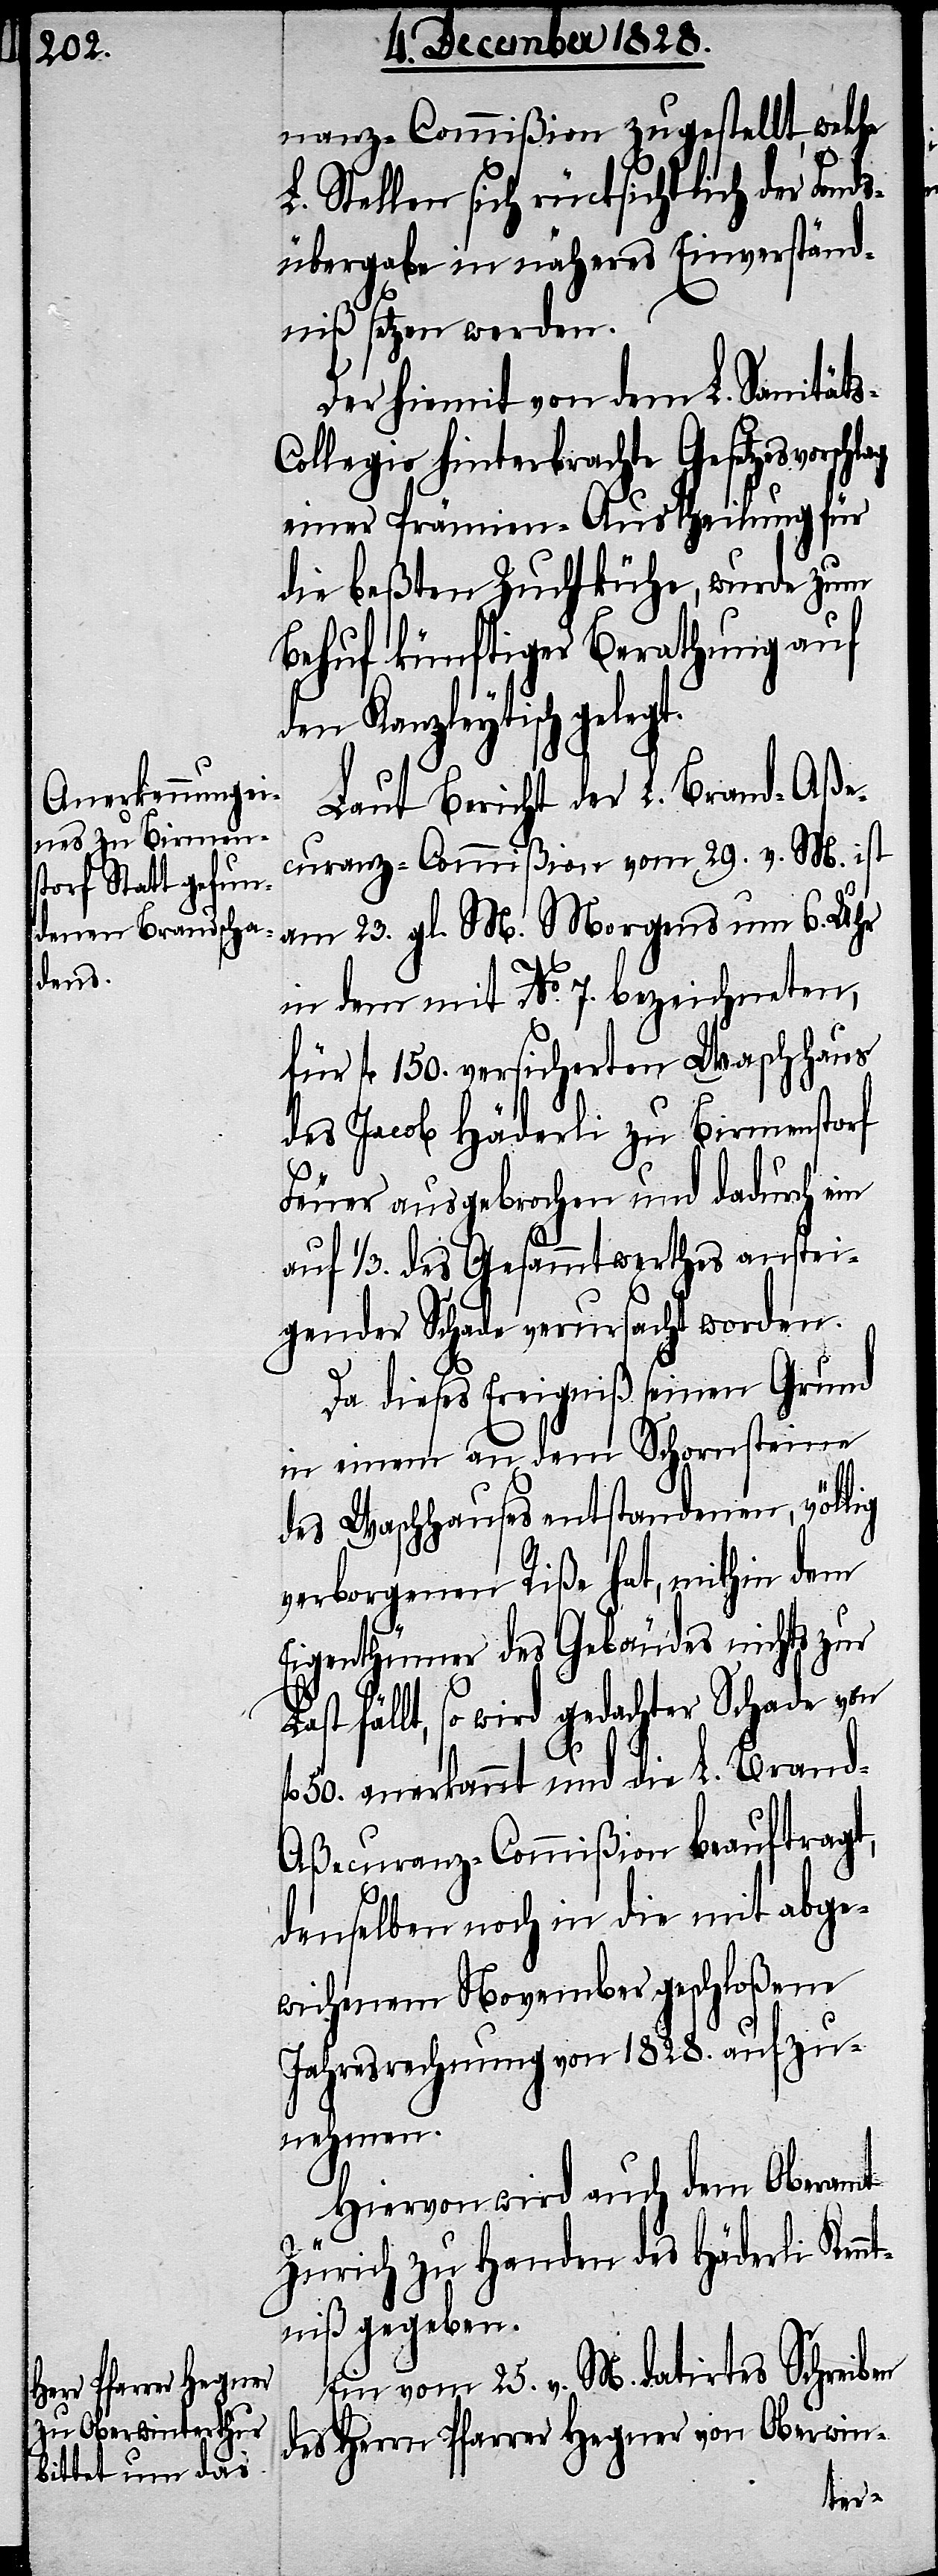
nanz-Commißion zugestellt, welche
L. Stellen sich rücksichtlich der Fond¬
sübergabe in näheres Einverständ¬
niß setzen werden.
Der hiemit von dem L. Sanität¬
ollegio hinterbrachte Gesetzesvors¬
einer Prämien-Austheilung für
die beßten Zuchtkühe, wurde zum
Behuf künftiger Berathung auf
den Kanzleytisch gelegt.
Laut Bericht der L. Brand-Aße¬
curanz-Commißion vom 29. v. M. ist
am 23. gl. M. Morgens um 6. Uhr
in dem mit No. 7. bezeichneten,
für fl. 150. versicherten Waschhaus
des Jacob Häderli zu Birmenstorf
Feuer ausgebrochen und dadurch ein
auf 1/3. des Gesammtwerthes anstei¬
gender Schade verursacht worden.
Da dieses Ereigniß seinen Grund
in einem an dem Schornsteinen
des Waschhauses entstandenen, völlig
verborgenen Riße hat, mithin dem
Eigenthümer des Gebäudes nichts zur
fällt, so wird gedachter Schade von
50. anerkannt und die L.- Bran¬
d-Aßecuranz-Commißion beauftragt,
denselben noch in die mit abge¬
wichenem November geschloßene
Jahresrechnung von 1828. aufzu¬
nehmen.
Hiervon wird auch dem Oberamt
Zürich zu Handen des Häderli Kenn¬
tniß gegeben.
Ein vom 25. v. M. datirtes Schreiben
des Herrn Pfarrer Hegner von Oberwin-
s-C¬